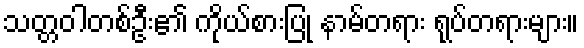
သတ္တဝါတစ်ဦး၏ ကိုယ်စားပြု နာမ်တရား ရုပ်တရားများ။